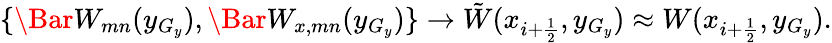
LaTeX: \begin{array}{r}{\{ \Bar W_{mn}(y_{G_{y}}),\Bar W_{x,mn}(y_{G_{y}})\} \rightarrow\tilde{W}(x_{i+\frac{1}{2}},y_{G_{y}})\approx W(x_{i+\frac{1}{2}},y_{G_{y}}).}\end{array}